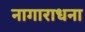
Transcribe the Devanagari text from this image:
नागाराधना